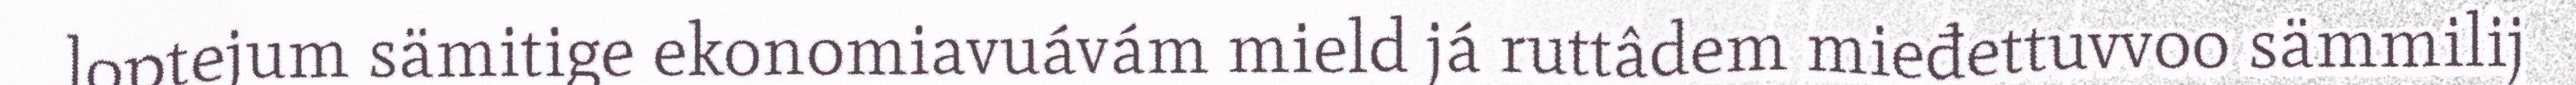
loptejum sämitige ekonomiavuávám mield já ruttâdem mieđettuvvoo sämmilij